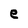
Character: e